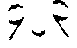
၄၂၃